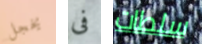
يخجل فى سلطات